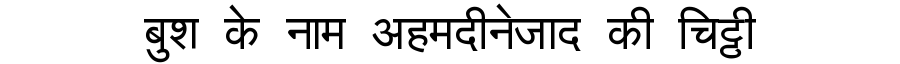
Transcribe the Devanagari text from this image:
बुश के नाम अहमदीनेजाद की चिट्ठी